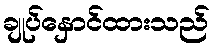
ချုပ်နှောင်ထားသည်